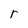
Character: r